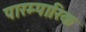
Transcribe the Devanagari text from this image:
पारम्पारिक